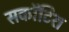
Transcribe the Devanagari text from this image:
सकॉटिश